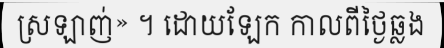
ស្រឡាញ់» ។ ដោយឡែក កាលពីថ្ងៃឆ្លង